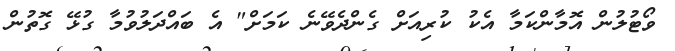
ވޯޓުލުން އޮމާންކަމާ އެކު ކުރިއަށް ގެންދެވޭނެ ކަމަށް" އެ ބައްދަލުވުމާ ގުޅޭ ގޮތުން